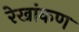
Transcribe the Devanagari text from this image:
रेखांकण